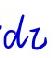
$d z$